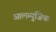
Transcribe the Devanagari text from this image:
आलम्युजिक